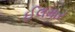
ઈલમાર